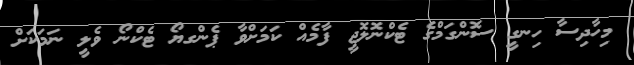
މިހާދިސާ ހިނގީ ސޮންގަމްގެ ޓެކްނޮލޮޖީ ފާމެއް ކަމަށްވާ ޕެންގޔޯ ޓެކްނޯ ވެލީ ނަމަކަށް